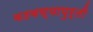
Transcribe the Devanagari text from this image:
वठवण्यापुर्ती